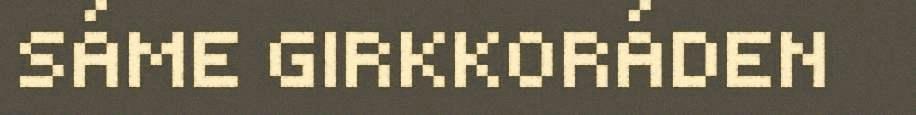
SÁME GIRKKORÁDEN